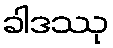
ခါဒဿု